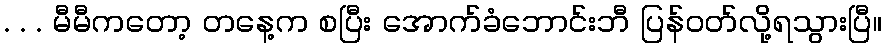
. . . မီမီကတော့ တနေ့က စပြီး အောက်ခံဘောင်းဘီ ပြန်ဝတ်လို့ရသွားပြီ။